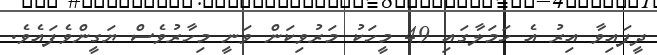
ދީފައިވާ އިރު އެ ހަމަލާގައި 49 މީހަކު މަރުވިކަން ވަނީ މިހާރުވެސް ޔަގީންވެފައެވެ.